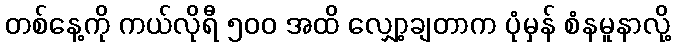
တစ်နေ့ကို ကယ်လိုရီ ၅၀၀ အထိ လျှော့ချတာက ပုံမှန် စံနမူနာလို့